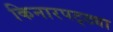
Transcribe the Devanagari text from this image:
किनारपट्ट्या